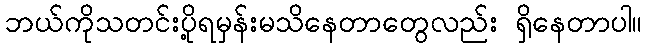
ဘယ်ကိုသတင်းပို့ရမှန်းမသိနေတာတွေလည်း ရှိနေတာပါ။